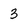
Character: 3